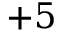
{ + 5 }